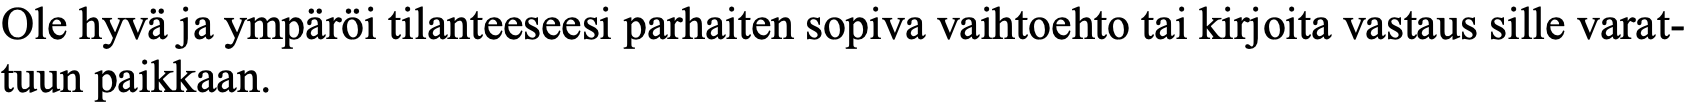
Ole hyvä ja ympäröi tilanteeseesi parhaiten sopiva vaihtoehto tai kirjoita vastaus sille varat- tuun paikkaan.